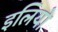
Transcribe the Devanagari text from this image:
इलियो